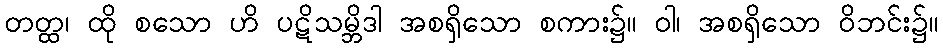
တတ္ထ၊ ထို စသော ဟိ ပဋိသမ္ဘိဒါ အစရှိသော စကား၌။ ဝါ၊ အစရှိသော ဝိဘင်း၌။